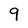
Character: 9